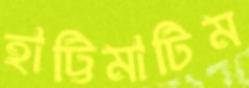
হাট্টিমাটিম